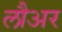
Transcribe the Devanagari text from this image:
लौअर